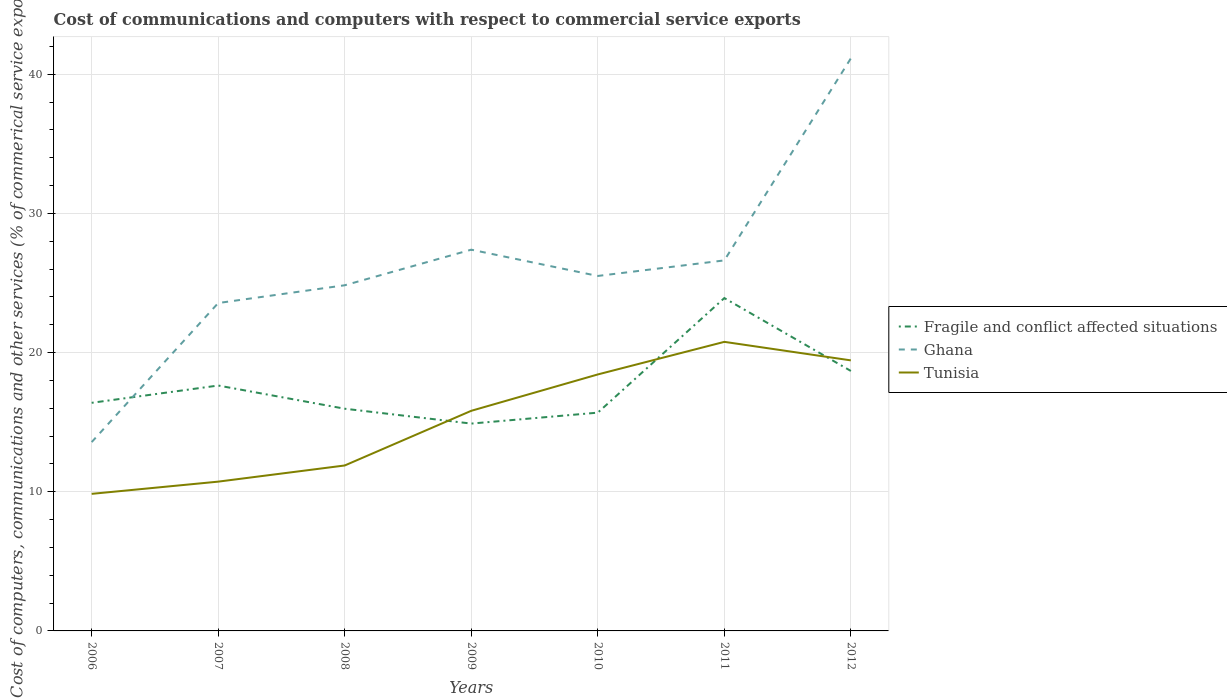
| Years | Fragile and conflict affected situations | Ghana | Tunisia |
 | --- | --- | --- | --- |
 | 2006 | 16.4 | 13.6 | 9.85 |
 | 2007 | 17.6 | 23.6 | 10.7 |
 | 2008 | 16 | 24.8 | 11.9 |
 | 2009 | 14.9 | 27.4 | 15.8 |
 | 2010 | 15.7 | 25.5 | 18.4 |
 | 2011 | 23.9 | 26.6 | 20.8 |
 | 2012 | 18.7 | 41.1 | 19.4 |